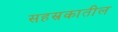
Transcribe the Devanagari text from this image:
सहस्रकातील